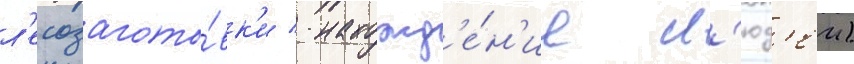
л'есозагото́вк'и / нахожд'е́н'ие л'юд'еи)